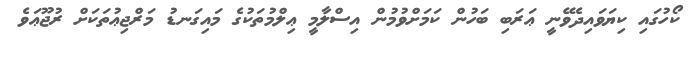
ކޯހުގައި ކިޔަވައިދެވޭނީ ޢަރަބި ބަހުން ކަމަށްވުމުން އިސްލާމީ ޢިލްމުތަކުގެ މައިގަނޑު މަރްޖިޢުތަކަށް ރުޖޫޢަވެ